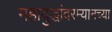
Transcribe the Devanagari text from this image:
महायुद्धांदरम्यानच्या